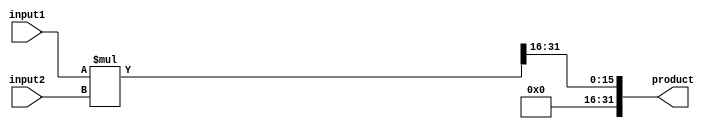
module fixed_point_multiplier(
    input signed [15:0] input1, // fixed-point number 1
    input signed [15:0] input2, // fixed-point number 2
    output reg signed [31:0] product // product of the two fixed-point numbers
);

    reg signed [31:0] multiplication_result;
    
    initial begin
        multiplication_result = input1 * input2; // perform multiplication of input1 and input2
        product = multiplication_result >> 16; // shift the result based on the decimal points of the inputs
    end
    
endmodule